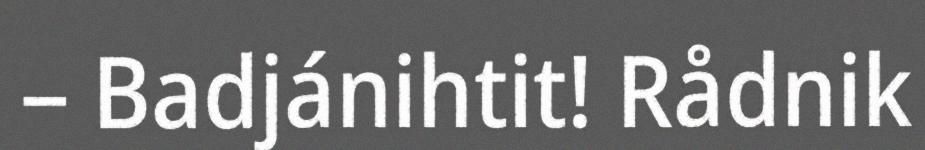
– Badjánihtit! Rådnik